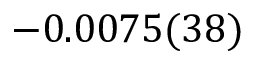
- 0 . 0 0 7 5 ( 3 8 )